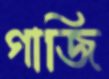
গাজি